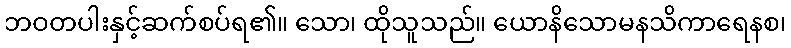
ဘဝတပါးနှင့်ဆက်စပ်ရ၏။ သော၊ ထိုသူသည်။ ယောနိသောမနသိကာရေနစ၊